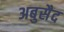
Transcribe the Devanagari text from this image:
अबुसैद